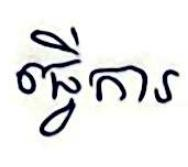
ធ្វើការ